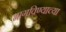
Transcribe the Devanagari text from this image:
भागविण्याच्या